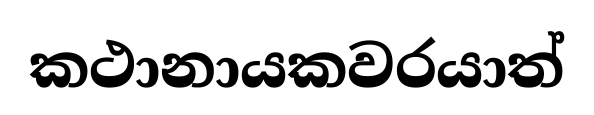
කථානායකවරයාත්